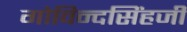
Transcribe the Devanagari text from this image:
गोविन्दसिंहजी